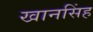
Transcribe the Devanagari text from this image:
खानसिंह